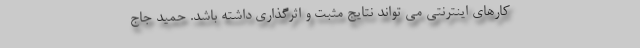
کارهای اینترنتی می تواند نتایج مثبت و اثرگذاری داشته باشد. حمید جاج